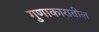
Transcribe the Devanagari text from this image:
गुणाकारातील